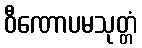
ဝီဏောပမသုတ္တံ